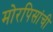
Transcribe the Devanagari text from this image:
मोरपिसांची